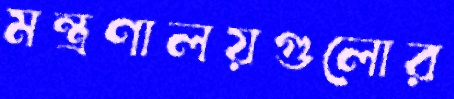
মন্ত্রণালয়গুলোর